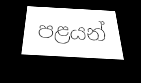
පළයන්